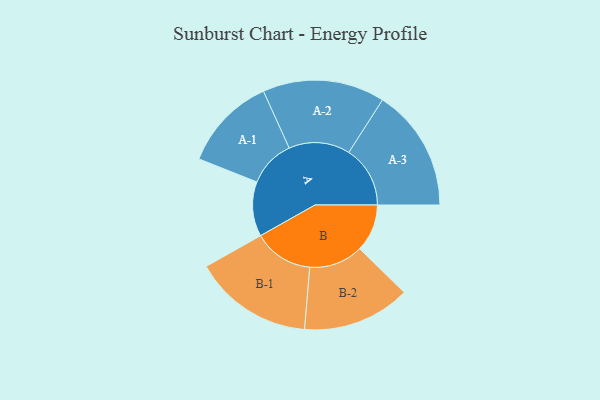
{"axis": {"x": "Segment", "y": "Value"}, "legend": ["", "A", "B"], "data": [{"x": "A", "y": 237, "type": ""}, {"x": "B", "y": 206, "type": ""}, {"x": "A-1", "y": 204, "type": "A"}, {"x": "A-2", "y": 265, "type": "A"}, {"x": "A-3", "y": 266, "type": "A"}, {"x": "B-1", "y": 259, "type": "B"}, {"x": "B-2", "y": 234, "type": "B"}]}